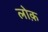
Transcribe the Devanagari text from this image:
लोक़